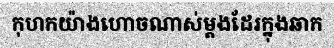
កុហកយ៉ាងហោចណាស់ម្តងដែរក្នុងឆាក